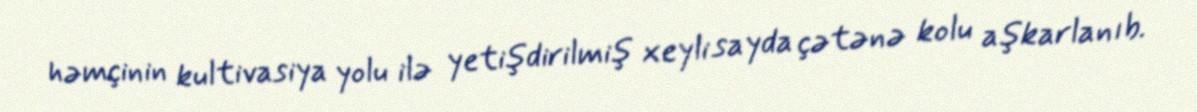
həmçinin kultivasiya yolu ilə yetişdirilmiş xeyli sayda çətənə kolu aşkarlanıb.